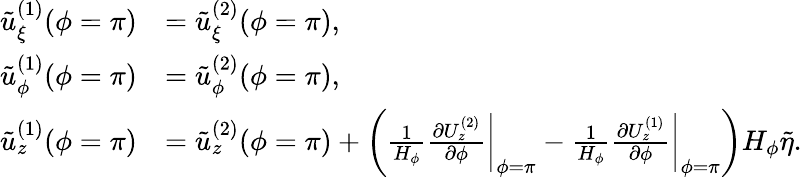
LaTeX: \begin{array}{rl}{\tilde{u}_{\xi}^{(1)}(\phi=\pi)}&{=\tilde{u}_{\xi}^{(2)}(\phi=\pi),}\\ {\tilde{u}_{\phi}^{(1)}(\phi=\pi)}&{=\tilde{u}_{\phi}^{(2)}(\phi=\pi),}\\ {\tilde{u}_{z}^{(1)}(\phi=\pi)}&{=\tilde{u}_{z}^{(2)}(\phi=\pi)+\bigg(\frac{1}{H_{\phi}}\frac{\partial U_{z}^{(2)}}{\partial\phi}\biggr|_{\phi=\pi}-\frac{1}{H_{\phi}}\frac{\partial U_{z}^{(1)}}{\partial\phi}\biggr|_{\phi=\pi}\bigg)H_{\phi}\tilde{\eta}.}\end{array}